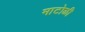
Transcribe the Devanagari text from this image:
माटोळी